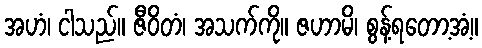
အဟံ၊ ငါသည်။ ဇီဝိတံ၊ အသက်ကို။ ဇဟာမိ၊ စွန့်ရတော့အံ့။